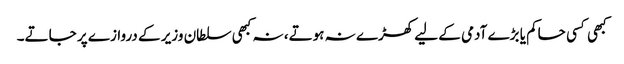
کبھی کسی حاکم یا بڑے آدمی کے لیے کھڑے نہ ہوتے، نہ کبھی سلطان وزیر کے دروازے پر جاتے۔